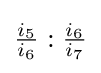
{\tfrac {i_{5}}{i_{6}}}:{\tfrac {i_{6}}{i_{7}}}